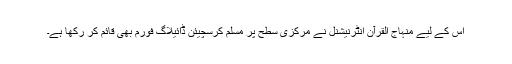
اس کے لیے منہاج القرآن انٹرنیشنل نے مرکزی سطح پر مسلم کرسچیئن ڈائیلاگ فورم بھی قائم کر رکھا ہے۔